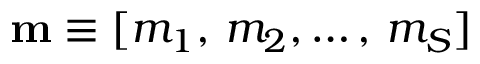
\mathbf { m } \equiv [ m _ { 1 } , \, m _ { 2 } , \dots , \, m _ { S } ]